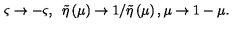
\varsigma \rightarrow - \varsigma , { \LARGE \ } \tilde { \eta } \left( \mu \right) \rightarrow 1 / \tilde { \eta } \left( \mu \right) , \mu \rightarrow 1 - \mu .